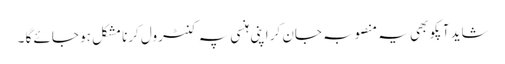
شاید آپکو بھی یہ منصوبہ جان کر اپنی ہنسی پہ کنٹرول کرنا مشکل ہو جائے گا ۔